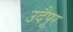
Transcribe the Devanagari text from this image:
उदैपूर